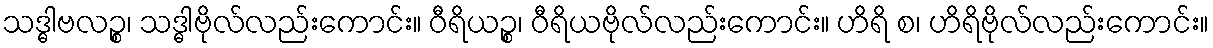
သဒ္ဓါဗလဉ္စ၊ သဒ္ဓါဗိုလ်လည်းကောင်း။ ဝီရိယဉ္စ၊ ဝီရိယဗိုလ်လည်းကောင်း။ ဟိရိ စ၊ ဟိရိဗိုလ်လည်းကောင်း။